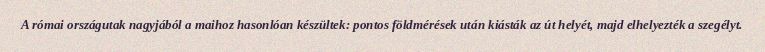
A római országutak nagyjából a maihoz hasonlóan készültek: pontos földmérések után kiásták az út helyét, majd elhelyezték a szegélyt.